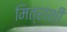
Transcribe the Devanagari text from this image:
मित्राशी